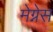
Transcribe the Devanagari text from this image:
मेग्नेस